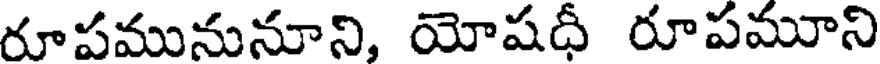
రూపమునునూని, యోషదీ రూపమూని